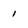
Character: I